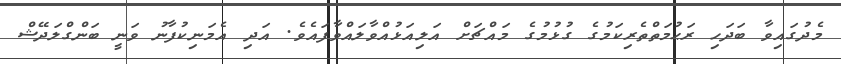
މެދުގައިވާ ބަދަހި ރަޙުމަތްތެރިކަމުގެ ގުޅުމުގެ މައްޗަށް އަލިއަޅުއްވާލައްވާފައެވެ. އަދި އެމަނިކުފާނު ވަނީ ބަންގްލަދޭޝް